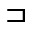
\sqsupset